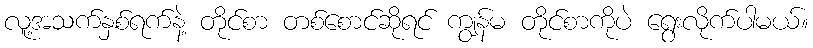
လူ့အသက်နှစ်ရက်နဲ့ တိုင်စာ တစ်စောင်ဆိုရင် ကျွန်မ တိုင်စာကိုပဲ ရွေးလိုက်ပါမယ်။